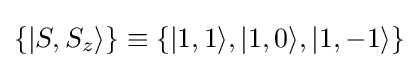
\{|S,S_{z}\rangle \}\equiv \{|1,1\rangle ,|1,0\rangle ,|1,-1\rangle \}